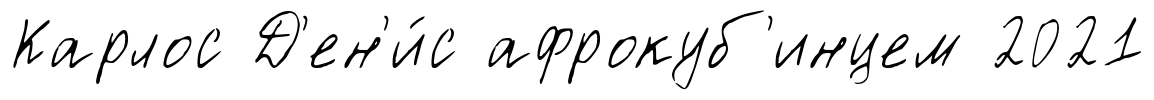
Карлос Д'ен'и́с афрокуб'инцем 2021